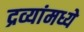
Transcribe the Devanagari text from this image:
द्रव्यांमध्ये